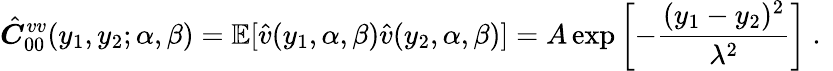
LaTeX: \hat{\boldsymbol{C}}_{00}^{vv}(y_{1},y_{2};\alpha,\beta)=\mathbb{E}[\hat{v}(y_{1},\alpha,\beta)\hat{v}(y_{2},\alpha,\beta)]=A\exp\left[-\frac{(y_{1}-y_{2})^{2}}{\lambda^{2}}\right]\mathrm{~.~}